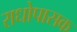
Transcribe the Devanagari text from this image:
राधोपासक